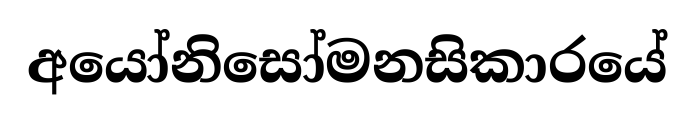
අයෝනිසෝමනසිකාරයේ